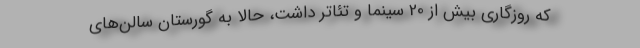
که روزگاری بیش از 20 سینما و تئاتر داشت، حالا به گورستان سالن‌های